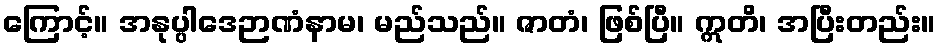
ကြောင့်။ အနုပ္ပါဒေဉာဏံနာမ၊ မည်သည်။ ဇာတံ၊ ဖြစ်ပြီ။ ဣတိ၊ အပြီးတည်း။